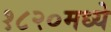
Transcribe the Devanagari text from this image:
१८२०मध्ये